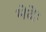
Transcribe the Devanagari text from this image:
भेदेः